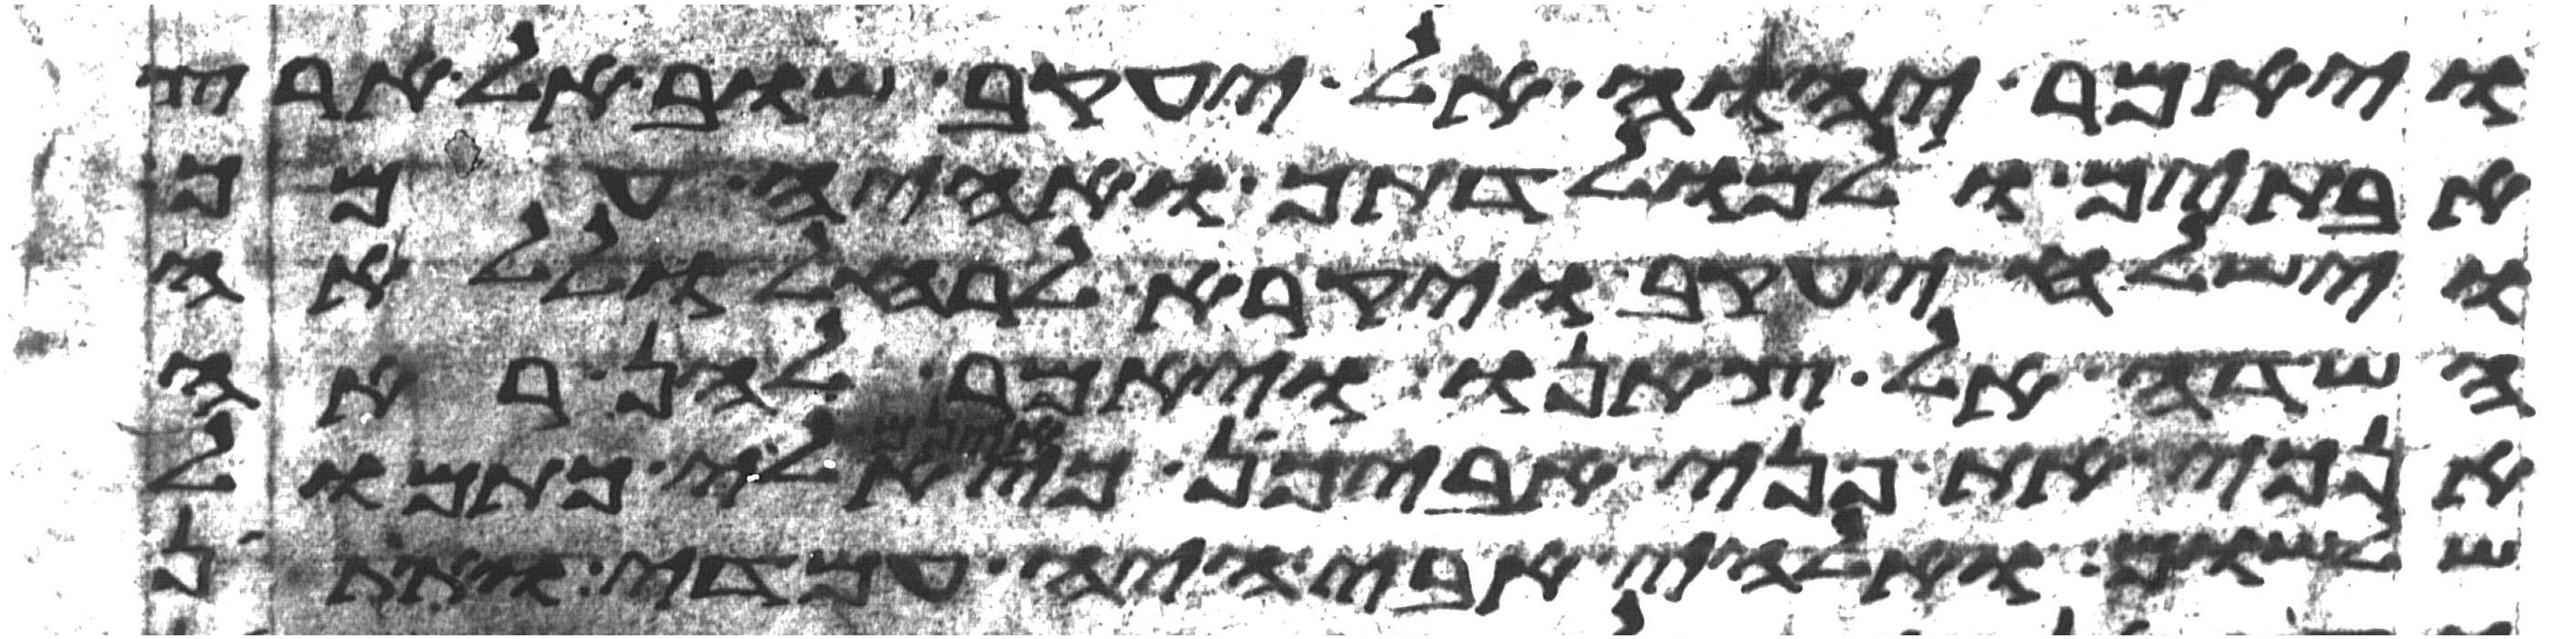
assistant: ויאמר יהוה אל יעקב שוב אל ארץ
אבתיך ואל מולדתך ואהיה עמך
וישלח יעקב ויקרא לרחל וללאה
השדה אל צאנו ויאמר להן ראה
אנכי את פני אביכן כי אינם אלי כתמול
שלשום ואלהי אבי היה עמדי ואתין